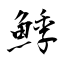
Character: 鯚